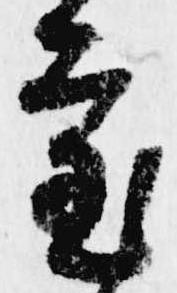
審